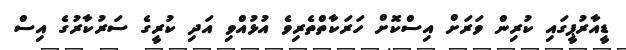
ޑީއާރުޕީގައި ކުރިން ވަރަށް އިސްކޮށް ހަރަކާތްތެރިވެ އުޅުއްވި އަދި ކުރީގެ ސަރުކާރުގެ އިސް